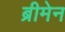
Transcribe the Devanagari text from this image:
ब्रीमेन